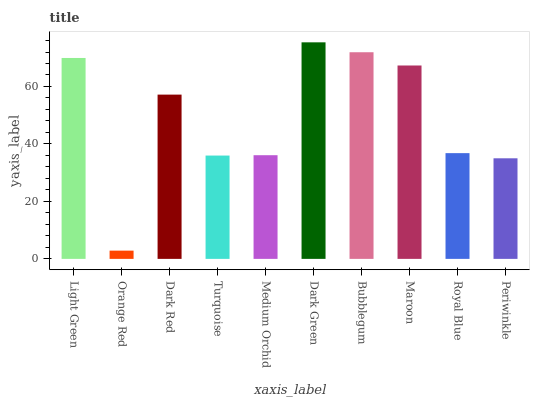
| xaxis_label | bars |
 | --- | --- |
 | Light Green | 69.9 |
 | Orange Red | 2.87 |
 | Dark Red | 57.2 |
 | Turquoise | 36 |
 | Medium Orchid | 36.1 |
 | Dark Green | 75.4 |
 | Bubblegum | 71.9 |
 | Maroon | 67.3 |
 | Royal Blue | 36.8 |
 | Periwinkle | 35 |